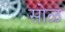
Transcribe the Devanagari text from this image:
सोळ